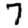
Digit: 7